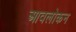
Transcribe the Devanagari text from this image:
आवलोकन